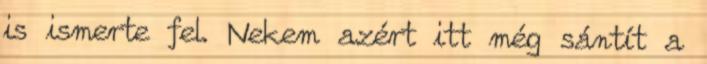
is ismerte fel. Nekem azért itt még sántít a